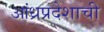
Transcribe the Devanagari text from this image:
आंध्रप्रदेशाची